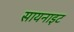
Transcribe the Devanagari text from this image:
सायनाइट